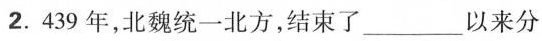
2.439年，北魏统一北方，结束了\underline以来分